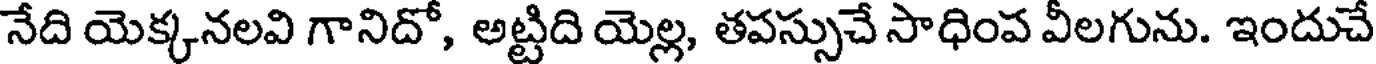
నేది యెక్కనలవి గానిదో, అట్టిది యెల్ల, తపస్సుచే సాధింప వీలగును. ఇందుచే